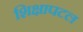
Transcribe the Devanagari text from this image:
शिक्षापटल